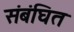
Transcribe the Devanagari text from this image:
संबंघित